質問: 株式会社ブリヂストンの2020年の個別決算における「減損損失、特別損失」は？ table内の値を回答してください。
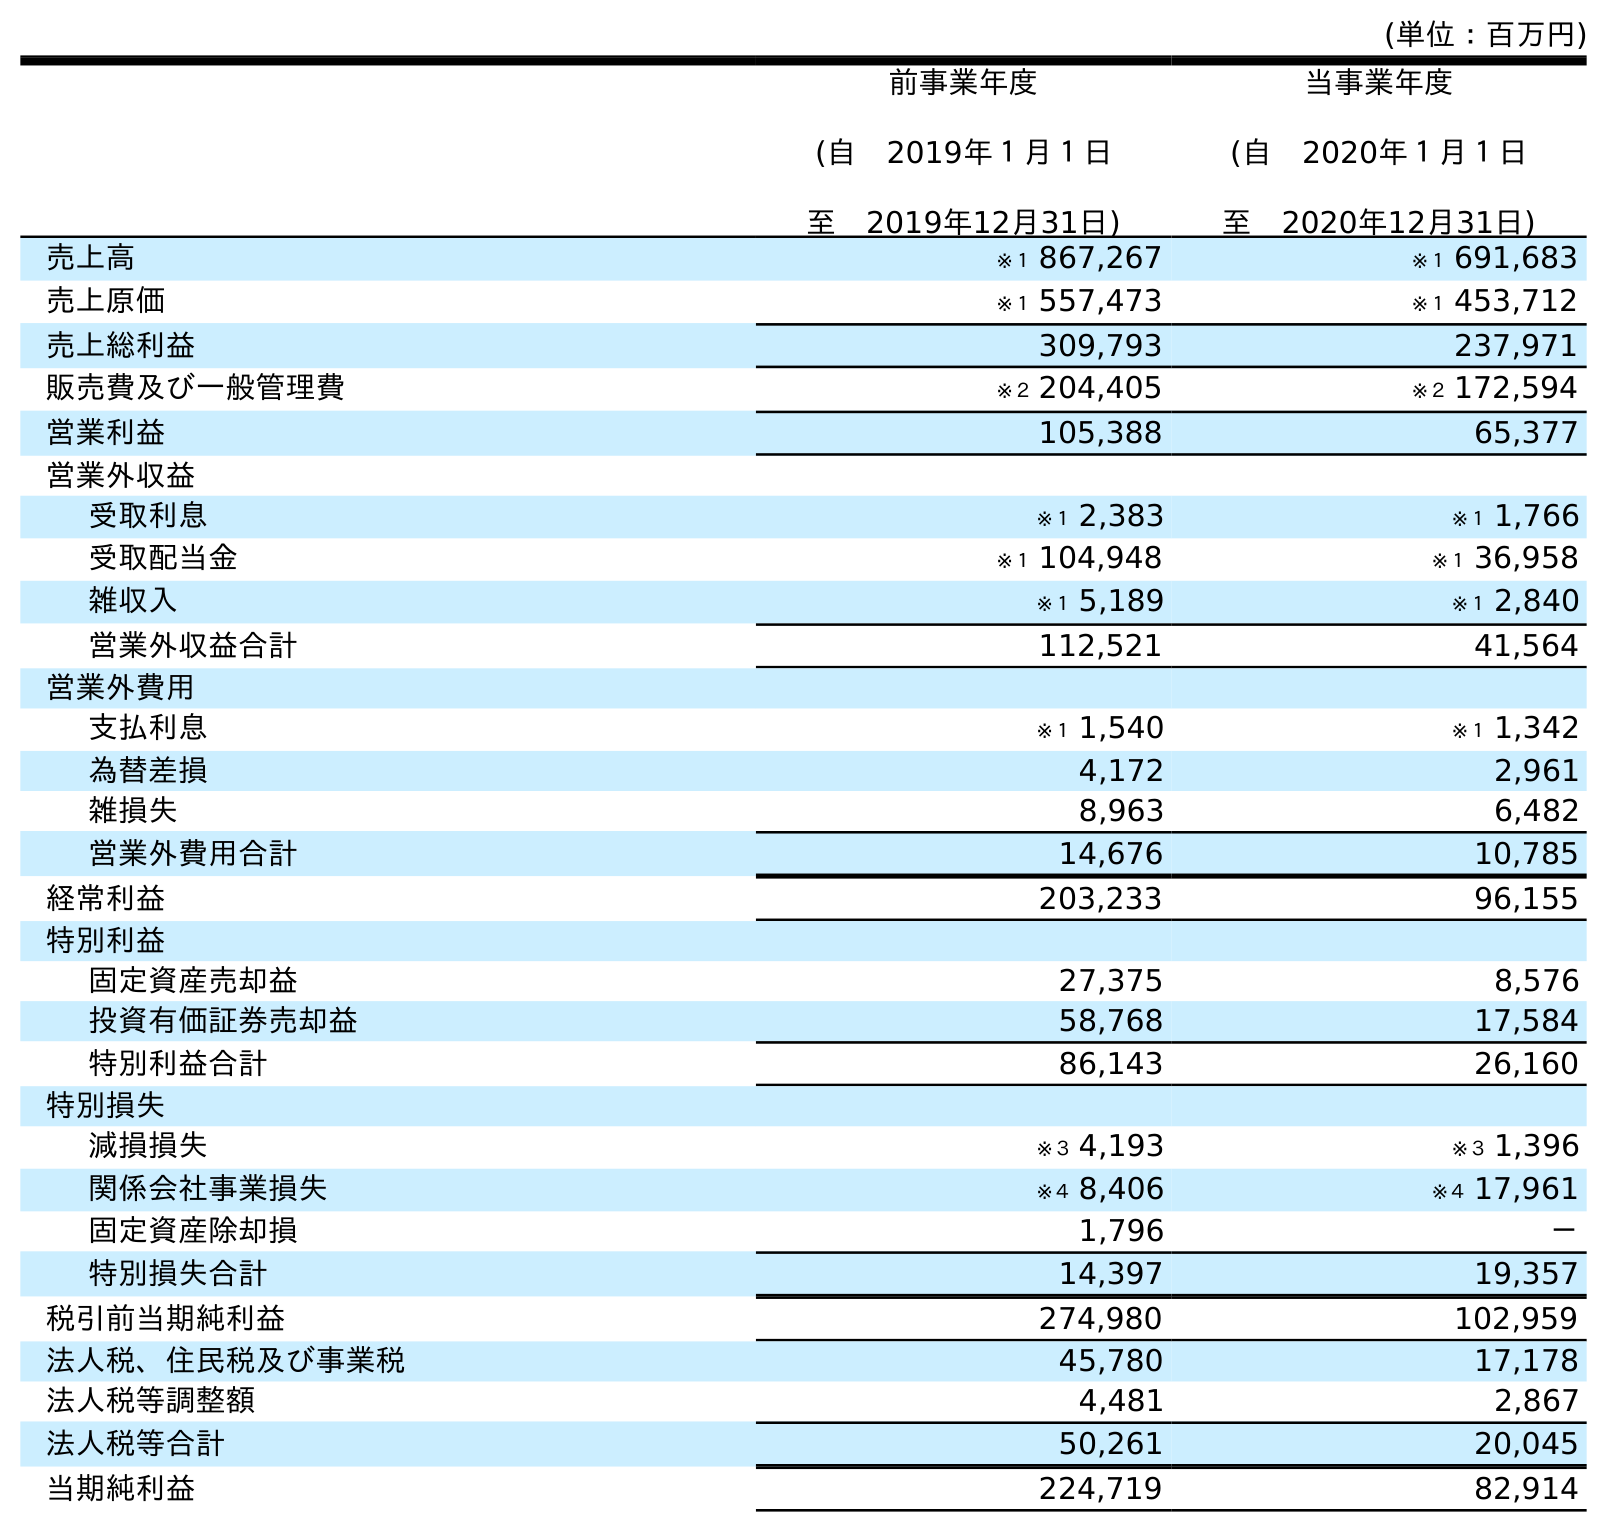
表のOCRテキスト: (単位：百万円) 前事業年度 (自 2019年１月１日 至 2019年12月31日) 当事業年度 (自 2020年１月１日 至 2020年12月31日) 売上高 ※１ 867,267 ※１ 691,683 売上原価 ※１ 557,473 ※１ 453,712 売上総利益 309,793 237,971 販売費及び一般管理費 ※２ 204,405 ※２ 172,594 営業利益 105,388 65,377 営業外収益 受取利息 ※１ 2,383 ※１ 1,766 受取配当金 ※１ 104,948 ※１ 36,958 雑収入 ※１ 5,189 ※１ 2,840 営業外収益合計 112,521 41,564 営業外費用 支払利息 ※１ 1,540 ※１ 1,342 為替差損 4,172 2,961 雑損失 8,963 6,482 営業外費用合計 14,676 10,785 経常利益 203,233 96,155 特別利益 固定資産売却益 27,375 8,576 投資有価証券売却益 58,768 17,584 特別利益合計 86,143 26,160 特別損失 減損損失 ※３ 4,193 ※３ 1,396 関係会社事業損失 ※４ 8,406 ※４ 17,961 固定資産除却損 1,796 － 特別損失合計 14,397 19,357 税引前当期純利益 274,980 102,959 法人税、住民税及び事業税 45,780 17,178 法人税等調整額 4,481 2,867 法人税等合計 50,261 20,045 当期純利益 224,719 82,914
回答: ※３1,396